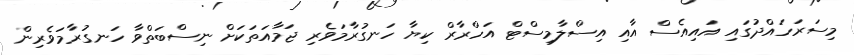
މިސަރަހައްދުގައި އައިއެސް އާއި އިސްލާމިސްޓް އަހްރާރް ކިޔާ ހަނގުރާމަވެރި ޖަމާއަތަކަށް ނިސްބަތްވާ ހަނގުރާމަވެރިން